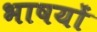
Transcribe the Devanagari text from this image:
भाषयों